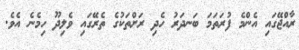
ރާއްޖޭގައި އެންމެ ފުރަތަމަ ބަނދަރު ހެދި ރަށްތަކުގެ ތެރޭގައި ވެލިދޫ ހިމެނެ އެވެ.